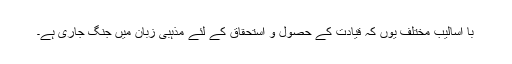
با اسالیب مختلف یوں کہ قیادت کے حصول و استحقاق کے لئے مذہبی زبان میں جنگ جاری ہے۔